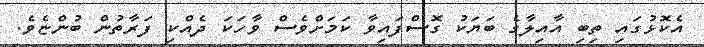
އެކޮޅުގައި ތިބި އާއިލާގެ ބަޔަކު ގޮސްފައިވާ ކަމަށްވެސް ވާހަކަ ދެއްކި ފަރާތުން ބުންޏެވެ.